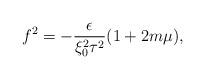
LaTeX: \begin{align*}f^{2}=-\frac{\epsilon }{\xi _{0}^{2}\tau ^{2}}(1+2m\mu ), \end{align*}